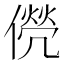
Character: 㒌